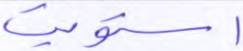
استويت